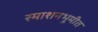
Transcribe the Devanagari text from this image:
स्माशनभूमीत